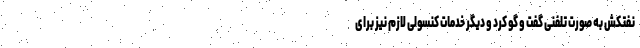
نفتکش به صورت تلفنی گفت و گو کرد و دیگر خدمات کنسولی لازم نیز برای